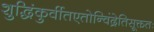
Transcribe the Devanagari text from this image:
शुद्धिंकुर्वीतएतोन्विंद्रेतिसूक्ततः